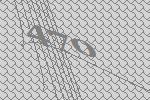
470